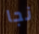
نجا